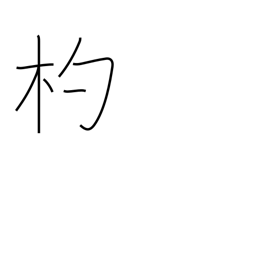
Meaning: ladle